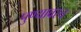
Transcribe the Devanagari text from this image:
पुण्यावरच